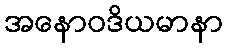
အနောဝဒိယမာနာ